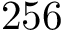
2 5 6